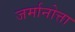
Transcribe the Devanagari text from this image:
जर्मानोत्ता